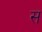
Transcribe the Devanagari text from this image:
स